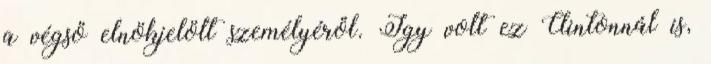
a végső elnökjelölt személyéről. Így volt ez Clintonnál is,